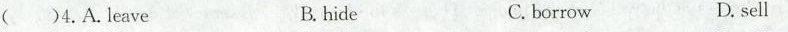
()4.A.leave B. hide C. borrow D. sell